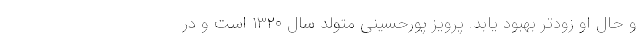
و حال او زودتر بهبود یابد. پرویز پورحسینی متولد سال ۱۳۲۰ است و در